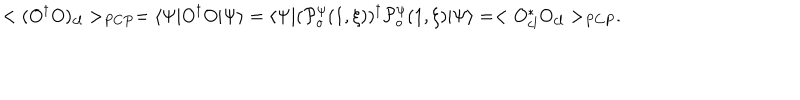
< ( O ^ { \dagger } O ) _ { c l } > _ { P C P } = \langle \Psi | O ^ { \dagger } O | \Psi \rangle = \langle \Psi | ( { \cal P } _ { o } ^ { \psi } ( 1 , \xi ) ) ^ { \dagger } { \cal P } _ { o } ^ { \psi } ( 1 , \xi ) | \Psi \rangle = < O _ { c l } ^ { * } O _ { c l } > _ { P C P } .